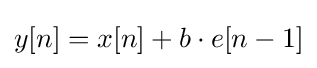
y[n]=x[n]+b\cdot e[n-1]